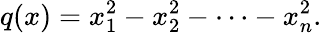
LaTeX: q(x)=x_{1}^{2}-x_{2}^{2}-\cdots-x_{n}^{2}.